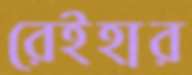
রেইহার